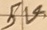
Text: 5V